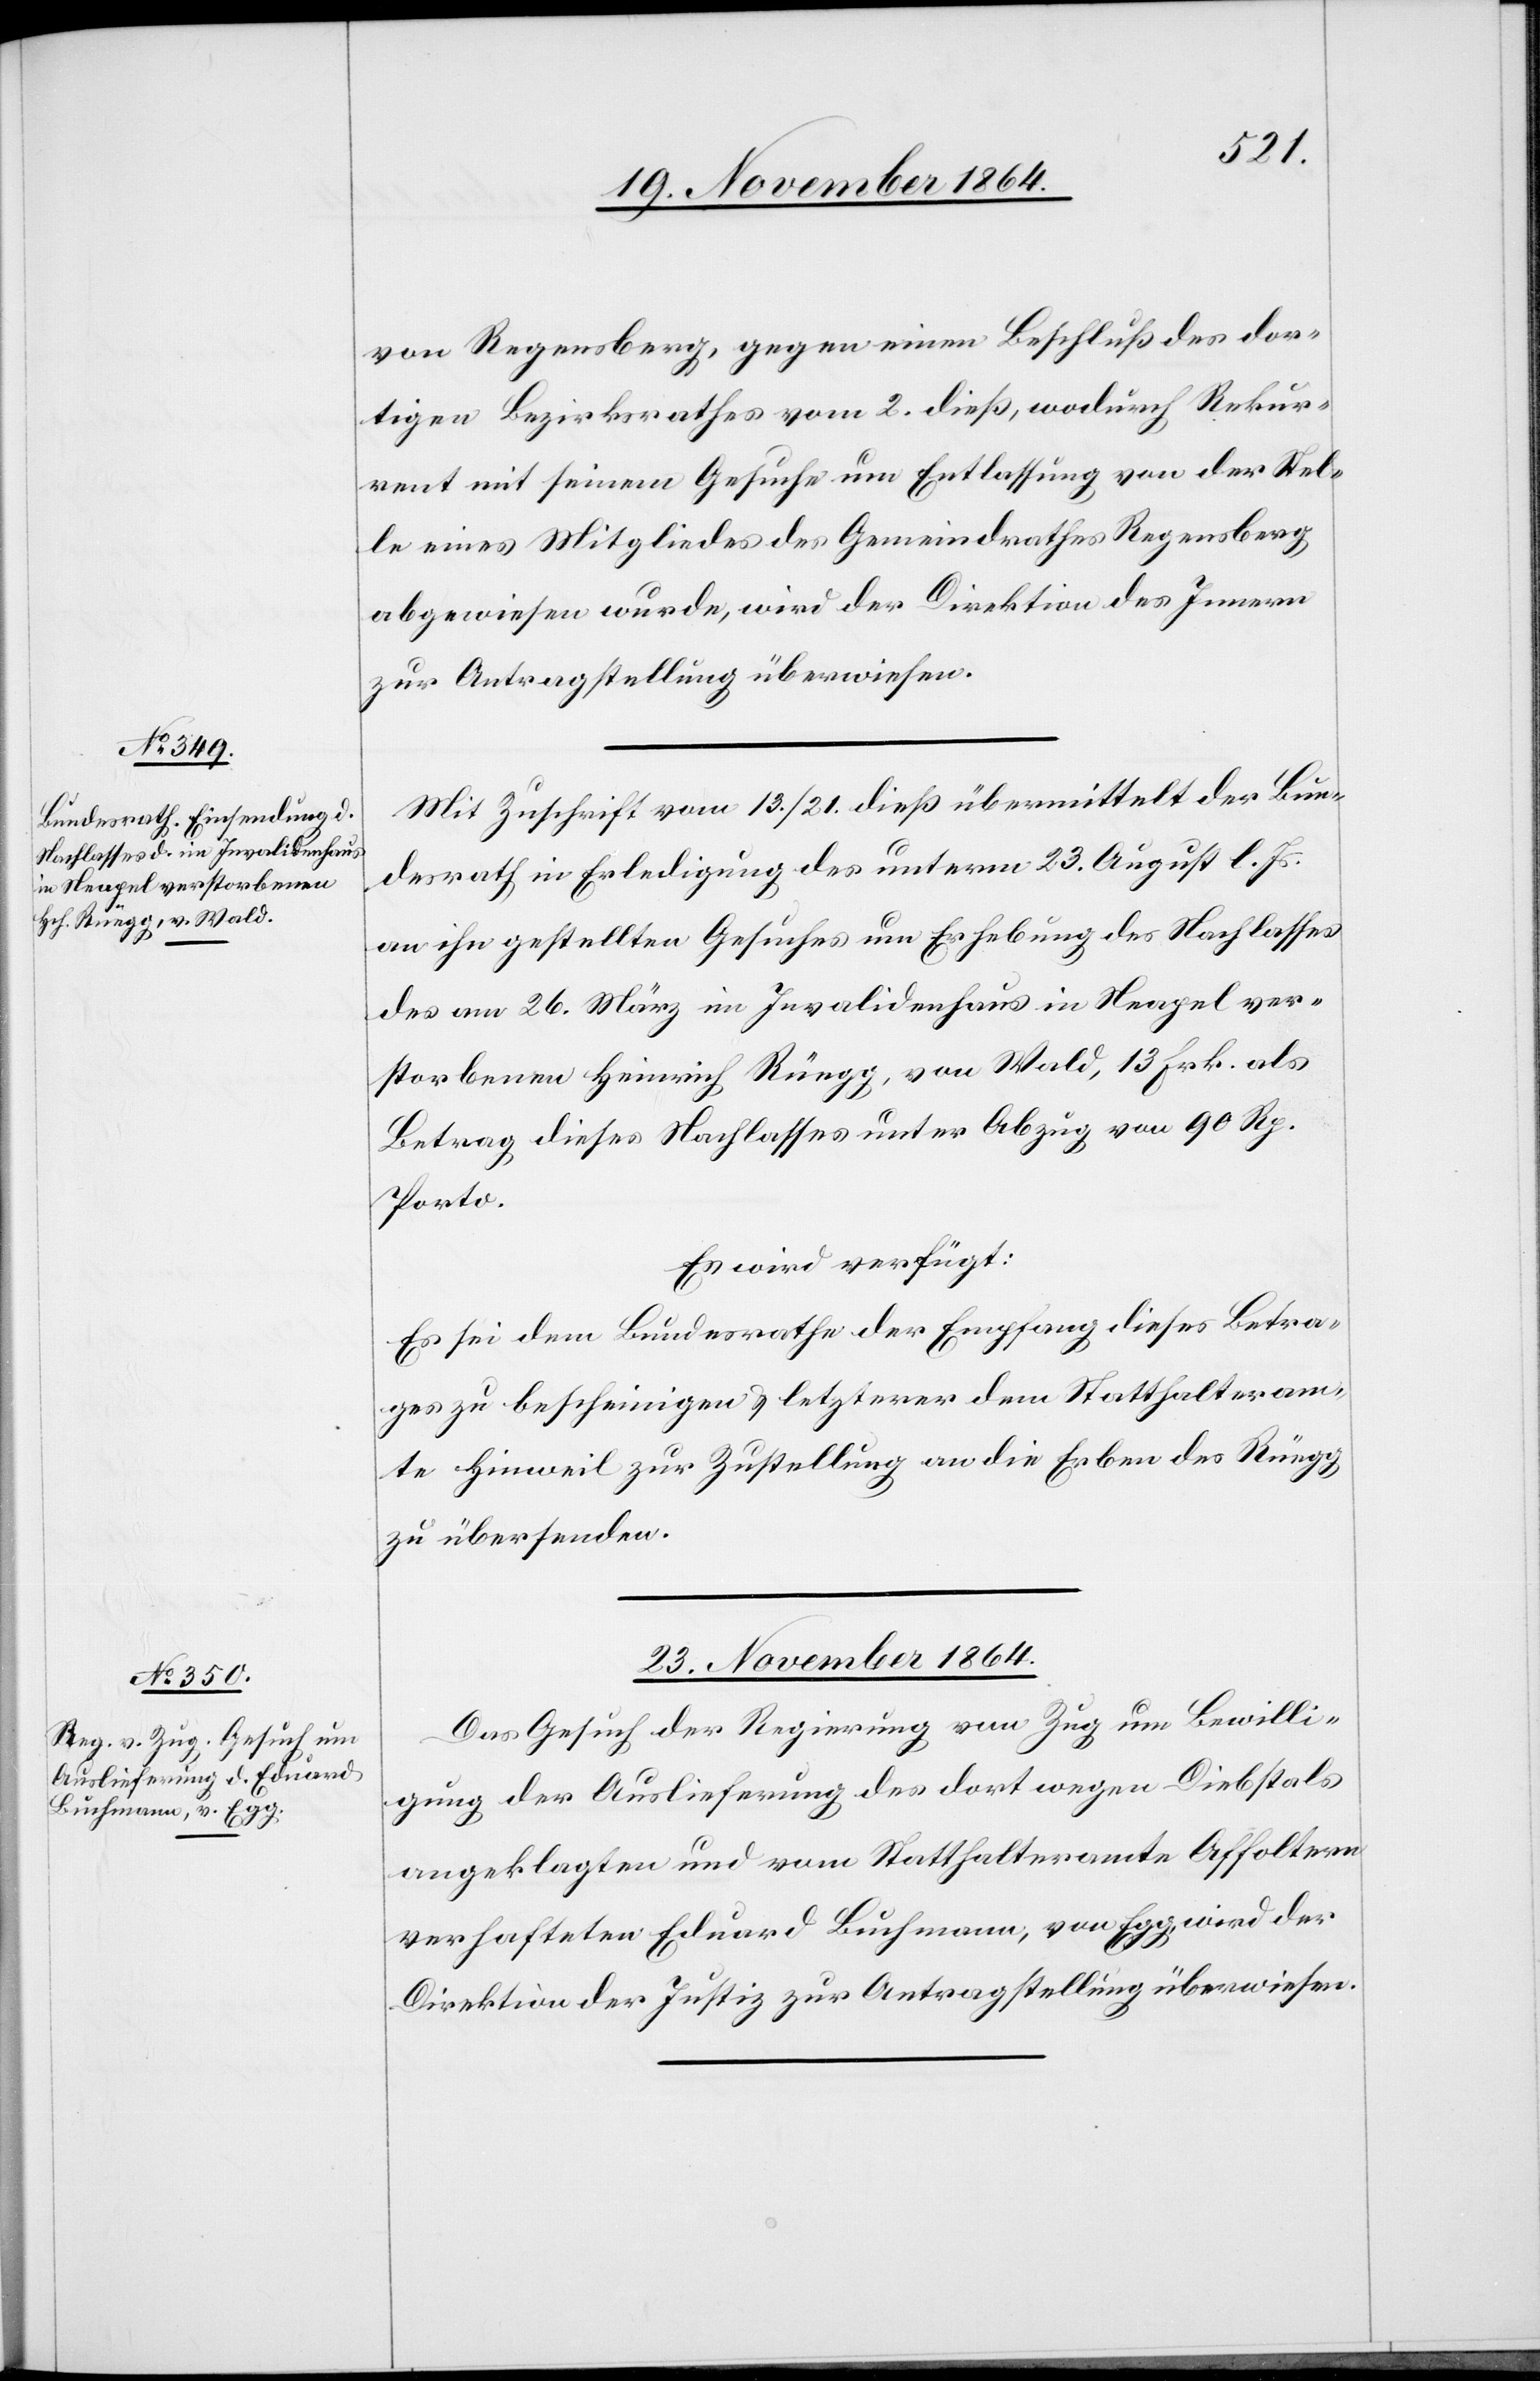
von Regensberg, gegen einen Beschluß des dor¬
tigen Bezirksrathes vom 2. dieß, wodurch Rekur¬
rent mit seinem Gesuche um Entlassung von der Stel¬
le eines Mitgliedes des Gemeindrathes Regensberg
abgewiesen wurde, wird der Direktion des Innern
zur Antragstellung überwiesen.
Mit Zuschrift vom 13./21. dieß übermittelt der Bun¬
desrath in Erledigung des unterm 23. August l. Js.
an ihn gestellten Gesuches um Erhebung des Nachlasses
des am 26. März im Invalidenhaus in Neapel ver¬
storbenen Heinrich Rüegg, von Wald, 13 Frk. als
Betrag dieses Nachlasses unter Abzug von 90 Rp.
Porto.
Es wird verfügt:
Es sei dem Bundesrathe der Empfang dieses Betra¬
ges zu bescheinigen & letzterer dem Statthalteram¬
te Hinweil zur Zustellung an die Erben des Rüegg
zu übersenden.
23. November 1864.
Das Gesuch der Regierung von Zug um Bewilli¬
gung der Auslieferung des dort wegen Diebstals
angeklagten und vom Statthalteramte Affoltern
verhafteten Eduard Buchmann, von Egg, wird der
Direktion der Justiz zur Antragstellung überwiesen.